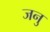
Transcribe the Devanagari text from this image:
जनु